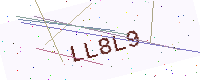
Text: LL8L9